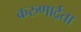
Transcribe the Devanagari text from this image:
करुणार्द्रता